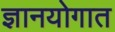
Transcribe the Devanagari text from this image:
ज्ञानयोगात